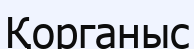
Қорганыс